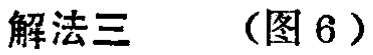
解法三 （图 6）